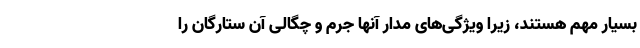
بسیار مهم هستند، زیرا ویژگی‌های مدار آنها جرم و چگالی آن ستارگان را